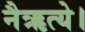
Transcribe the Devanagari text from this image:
नैऋत्ये।